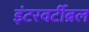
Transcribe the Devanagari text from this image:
इंटरवर्टीब्रल